Civil Veterinary Dept. Bombay admin report 1907-1913 - 1907-1913
Year: 1907
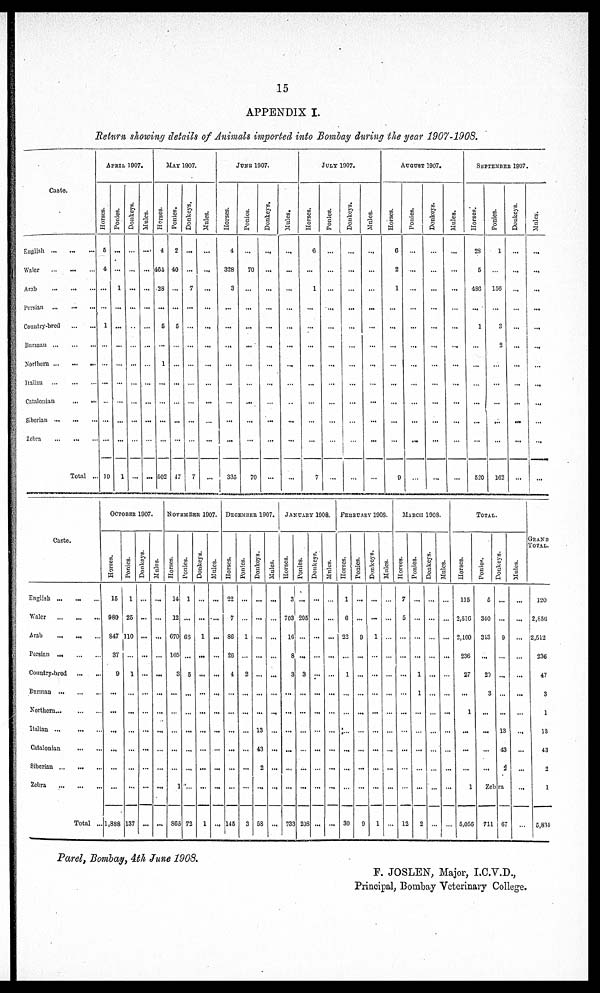
15
APPENDIX I.
Return showing details of Animals imported into Bombay during the year 1907-1908.
Caste.
English
Waler
...
...
...
Arab
Persian
Country-bred
...
...
Burrnan
...
...
...
Northern
...
...
...
Italian
Catalonian
...
...
Siberian
Zebra
Total ...
APRIL 1007.
Horses.
5
4
...
...
1
...
...
...
...
...
...
10
Ponies.
...
...
1
...
...
...
...
...
...
...
...
1
Donkeys.
...
...
...
...
...
...
...
...
...
...
...
Mules.
...
...
...
...
...
...
...
...
...
...
...
...
MAY 1907.
Horses.
4
404
28
...
5
...
1
...
...
...
...
502
Ponies.
2
40
...
...
5
...
...
...
...
...
...
47
Donkeys.
...
...
7
...
...
...
...
...
...
...
...
7
Mules.
...
...
...
...
...
...
...
...
...
...
...
...
JUNE 1907.
Horses.
4
328
3
...
...
...
...
...
...
...
...
335
Ponies.
70
...
...
...
...
...
...
...
...
...
70
Donkeys.
...
...
...
...
...
...
...
...
...
...
...
...
Mules.
...
...
...
...
...
...
...
...
...
...
...
...
JULY 1907.
Horses.
6
...
1
...
...
...
...
...
...
...
...
7
Ponies.
...
...
...
...
...
...
...
...
...
...
...
...
Donkeys.
...
...
...
...
...
...
...
...
...
...
...
...
Mules.
...
...
...
...
...
...
...
...
...
...
...
...
AUGUST 1907.
Horses.
6
2
1
...
...
...
...
...
...
9
Ponies.
...
...
...
...
...
...
...
...
...
...
...
Donkeys.
...
...
...
...
...
...
...
...
...
...
...
Mules.
...
...
...
...
...
...
...
...
...
...
...
...
SEPTEMBER 1907
Horses.
2S
5
486
...
1
...
...
...
...
...
...
520
Ponies.
1
...
156
...
3
2
...
...
...
...
...
162
Donkeys.
...
...
...
...
...
...
...
...
...
...
...
...
Mules.
...
...
...
...
...
...
...
...
...
...
...
...
Caste.
English
...
...
...
Waler
...
...
...
Arab
Persian ...
Country-bred
...
...
Burman
...
...
...
Northern
Italian ...
... ...
Catalonian
...
...
Siberian ...
...
Zebra
...
Total ...
OCTOBER 1907.
Horses.
15
980
S47
37
9
...
...
...
...
...
...
1,888
Ponies.
1
25
110
1
...
...
...
...
137
Donkeys.
...
...
...
...
...
...
...
...
...
...
Mules.
...
...
...
...
...
...
...
...
...
...
...
...
NOVEMBER 1907.
Horses.
14
12
670
105
3
...
...
...
...
...
1
865
Ponies.
1
...
65
...
5
...
...
...
...
...
...
72
Donkeys.
...
...
1
...
...
...
...
...
...
...
...
1
Mules.
...
...
...
...
...
...
...
...
...
...
...
DECEMBER 1907.
Horses.
22
7
86
26
4
...
...
...
...
...
...
145
Ponies.
...
1
...
2
...
...
...
...
3
Donkeys.
...
...
...
...
...
...
...
13
43
2
...
58
Mules.
...
...
...
...
...
...
...
...
...
...
...
...
JANUARY 1908.
Horses.
3
703
16
8
3
...
...
...
...
...
733
Ponies.
...
205
...
...
3
...
...
...
...
...
...
20S
Donkeys.
...
...
...
...
...
...
...
...
...
...
...
...
Mules.
...
...
...
...
...
...
...
...
...
...
...
FEBRUARY 1908.
Horses.
1
6
22
...
1
...
...
...
...
...
...
30
Ponies.
...
9
...
...
...
...
...
...
...
...
9
Donkeys.
...
...
1
...
...
...
...
...
...
1
Mules.
...
...
...
...
...
...
...
...
...
MARCH 1908.
Horses.
7
5
...
...
...
...
...
...
...
...
12
Ponies.
...
...
...
...
1
1
...
...
...
...
2
Donkeys.
...
...
...
...
...
...
...
...
...
...
...
Mules.
...
...
...
...
...
...
...
...
...
...
...
TOTAL
Horses.
115
2,516
2,160
236
27
...
1
...
...
...
1
5,056
Ponies.
5
310
3i3
...
20
3
...
...
...
...
Zebra
711
Donkeys.
...
...
9
...
...
...
...
13
43
2
67
Mules.
...
...
...
...
...
...
...
...
...
...
...
GRAND
TOTAL.
120
2,856
2,512
236
47
3
1
13
43
2
1
0,834
Parel, Bombay, 4th June 1908.
F. JOSLEN, Major, I.C.V.D.,
Principal, Bombay Veterinary College.